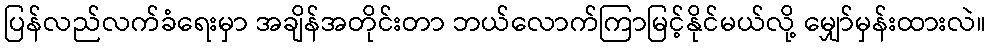
ပြန်လည်လက်ခံရေးမှာ အချိန်အတိုင်းတာ ဘယ်လောက်ကြာမြင့်နိုင်မယ်လို့ မျှော်မှန်းထားလဲ။